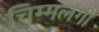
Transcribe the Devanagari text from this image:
चिम्मलगी